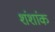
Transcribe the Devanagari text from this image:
शंशांक